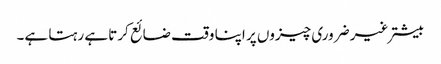
بیشتر غیر ضروری چیزوں پر اپنا وقت ضائع کرتا ہے رہتا ہے۔